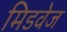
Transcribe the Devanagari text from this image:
मिडवेज